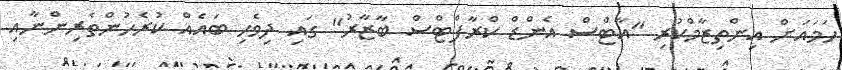
ހަމައަށް އިންތިޒާމްކުރި "އާޓްސް އެންޑް ކްރާފްޓްސް ބާޒާރު" ގައި ދިވެހި ބައެއް ކުރެހުންތެރިންނާއި